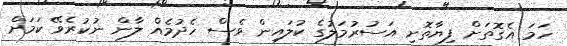
ހަމަ އެގޮތަށް ފިޔާތޮށި އަސުރުމަލުގެ ކުލައިން ވެސް ހެދުމެއް ލާން ނުކުރެވޭ ކަމަށް